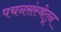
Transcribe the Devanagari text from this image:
पचनसंस्थेतून